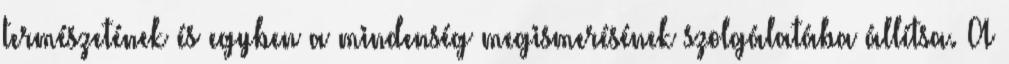
természetének és egyben a mindenség megismerésének szolgálatába állítsa. A